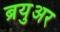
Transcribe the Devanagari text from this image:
ब्रयुअर